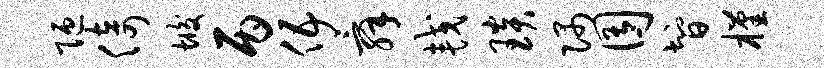
陋倚垢丙伍舜较琰隅囿智槿